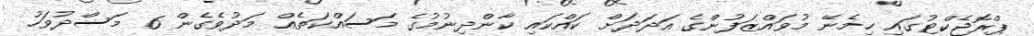
ޕްރޮޖެކްޓުގައި ހިމެނޭ މުވައްޒަފުންގެ އަދަދަށް ކައްކައި ކާންދިނުމުގެ މަސައްކަތެއް މަދުވެގެން 6 މަސްދުވަހު